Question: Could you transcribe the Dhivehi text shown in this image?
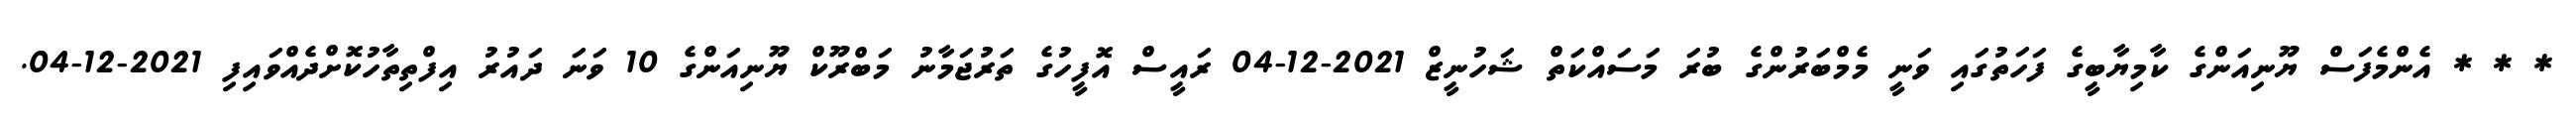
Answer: * * * އެންމެފަސް ޔޫނިއަންގެ ކާމިޔާބީގެ ފަހަތުގައި ވަނީ މެމްބަރުންގެ ބުރަ މަސައްކަތް ޝަހުނީޒް 2021-12-04 ރައީސް އޮފީހުގެ ތަރުޖަމާނު މަބްރޫކް ޔޫނިއަންގެ 10 ވަނަ ދައުރު އިފްތިތާހުކޮށްދެއްވައިފި 2021-12-04.